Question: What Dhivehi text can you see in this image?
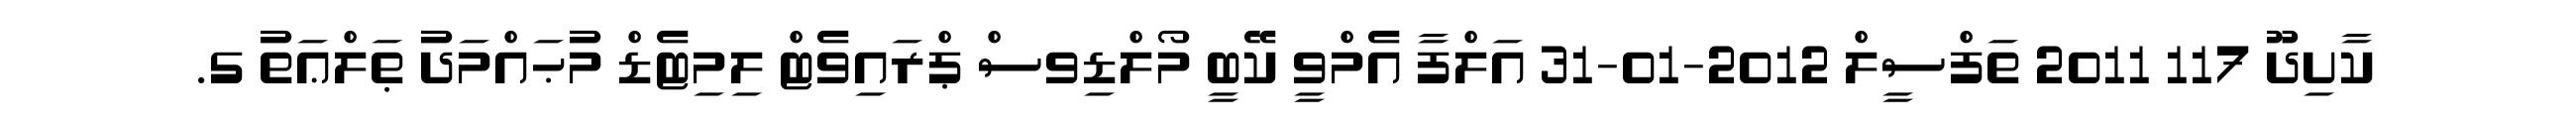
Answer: ކާށިދޫ 117 2011 ތަފްސީލް 2012-01-31 އަލްފާ އެމްވީ ކޭބީ މޯލްޑިވސް ޕްރައިވެޓް ލިމިޓެޑް މުޙައްމަދު ޠަލްޢަތު ގ.